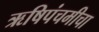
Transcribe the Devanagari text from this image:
ऋषिपंचमीचा